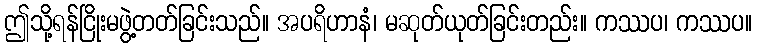
ဤသို့ရန်ငြိုးမဖွဲ့တတ်ခြင်းသည်။ အပရိဟာနံ၊ မဆုတ်ယုတ်ခြင်းတည်း။ ကဿပ၊ ကဿပ။